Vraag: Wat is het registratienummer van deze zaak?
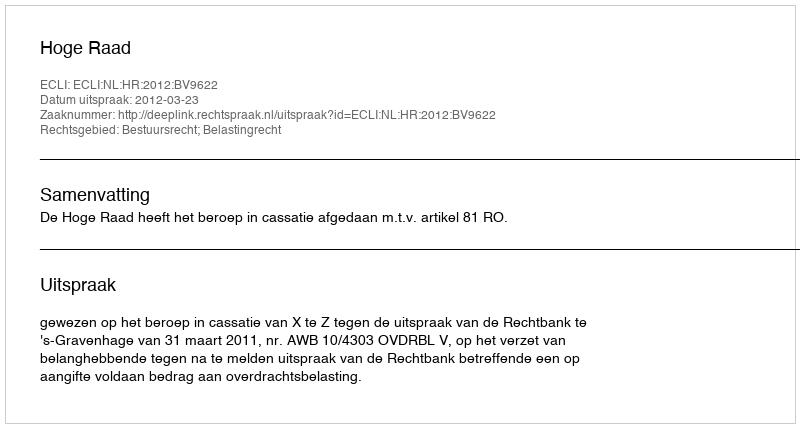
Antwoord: http://deeplink.rechtspraak.nl/uitspraak?id=ECLI:NL:HR:2012:BV9622